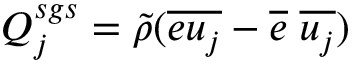
Q _ { j } ^ { s g s } = \tilde { \rho } ( \overline { { e u _ { j } } } - \overline { { e } } \; \overline { { u _ { j } } } )